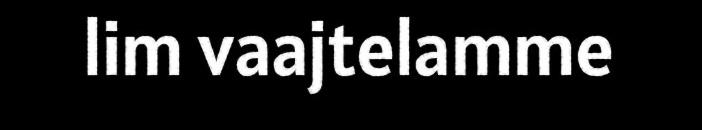
lim vaajtelamme